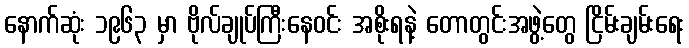
နောက်ဆုံး ၁၉၆၃ မှာ ဗိုလ်ချုပ်ကြီးနေဝင်း အစိုးရနဲ့ တောတွင်းအဖွဲ့တွေ ငြိမ်းချမ်းရေး